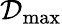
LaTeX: \mathcal{D}_{\mathrm{max}}